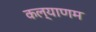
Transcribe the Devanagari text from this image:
कल्‍याणम